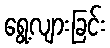
ရွေ့လျားခြင်း